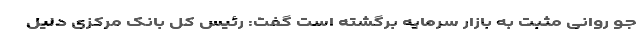
جو روانی مثبت به بازار سرمایه برگشته است گفت: رئیس کل بانک مرکزی دلیل